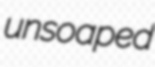
unsoaped